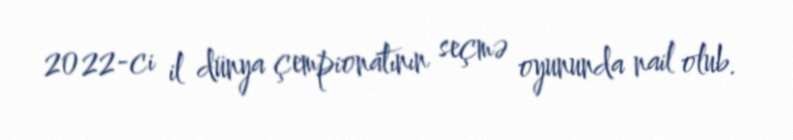
2022-ci il dünya çempionatının seçmə oyununda nail olub.